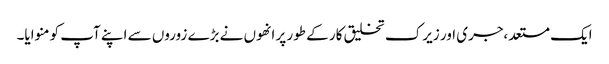
ایک مستعد،جری اور زیرک تخلیق کار کے طور پر انھوں نے بڑے زوروں سے اپنے آپ کو منوایا۔